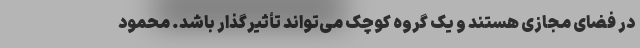
در فضای مجازی هستند و یک گروه کوچک می‌تواند تأثیرگذار باشد. محمود